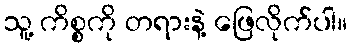
သူ့ ကိစ္စကို တရားနဲ့ ဖြေလိုက်ပါ။